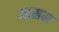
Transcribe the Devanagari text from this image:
आस्रम